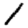
Digit: 1